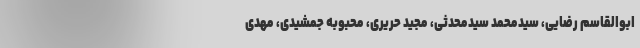
ابوالقاسم رضایی، سید‌محمد سید‌محدثی، مجید حریری، محبوبه جمشیدی، مهدی